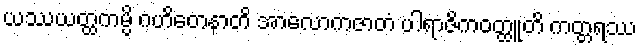
ယဿယတ္ထကမ္ပိ ဂဟိတေနာတိ အာလောကဇာတံ ပါရာဇိကဝတ္ထူတိ ကတ္တရဿ